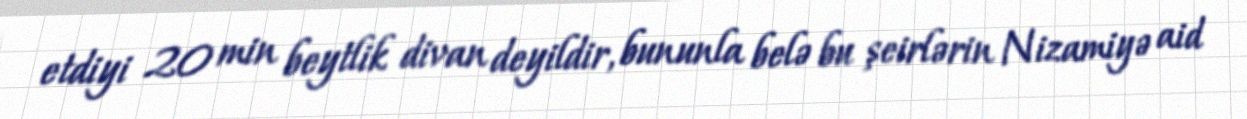
etdiyi 20 min beytlik divan deyildir, bununla belə bu şeirlərin Nizamiyə aid